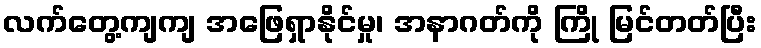
လက်တွေ့ကျကျ အဖြေရှာနိုင်မှု၊ အနာဂတ်ကို ကြို မြင်တတ်ပြီး